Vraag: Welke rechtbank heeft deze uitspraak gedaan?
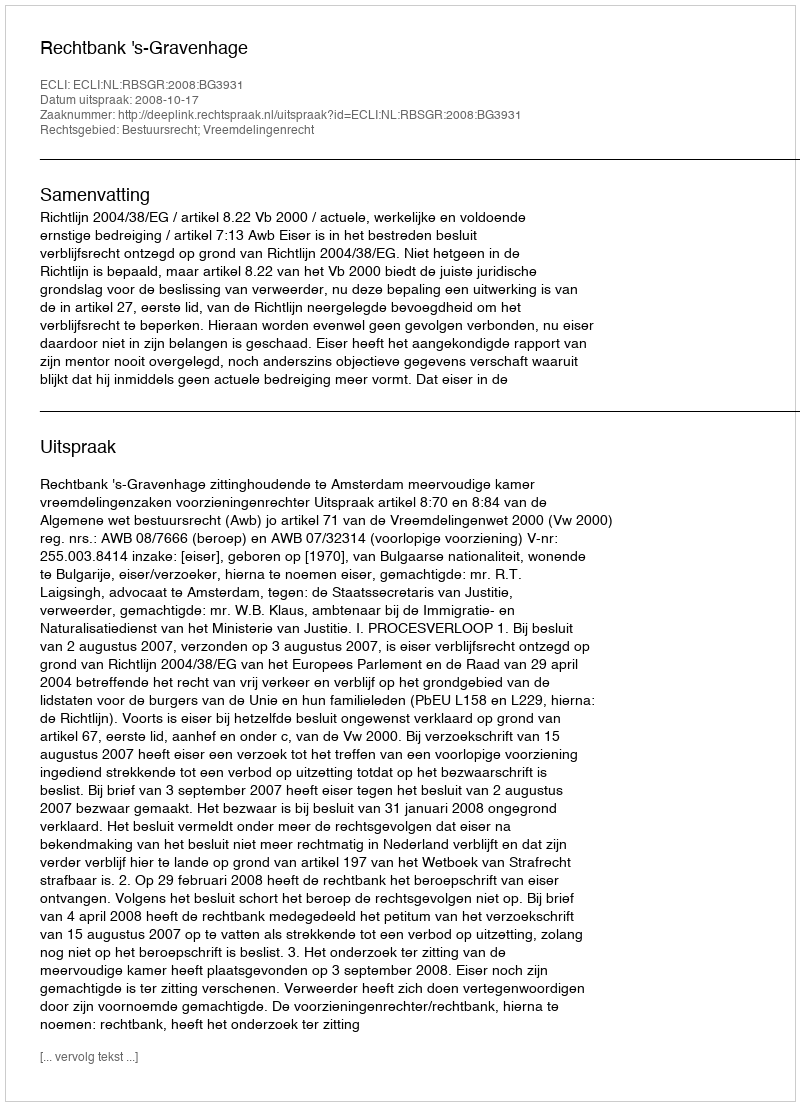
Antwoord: Rechtbank 's-Gravenhage